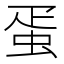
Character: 蛋